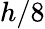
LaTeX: h/8